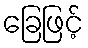
ခြေဖြင့်